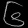
Digit: ၆